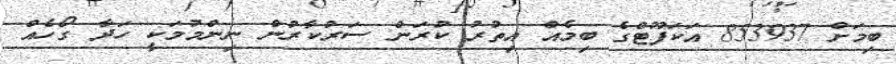
ބިމަށް 853937 އަކަފޫޓްގެ ބިމެއް އިތުރު ކުރަން ސަރުކާރުން ނިންމުމަކީ ހަދާ ގޯހެއް